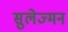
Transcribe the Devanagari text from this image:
सुलेज्मन